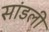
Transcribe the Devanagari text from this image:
सांडली